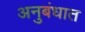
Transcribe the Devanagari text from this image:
अनुबंधात